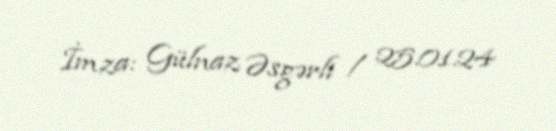
İmza: Gülnaz Əsgərli / 25.01.24